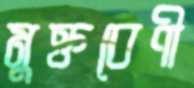
মুক্তবেণী